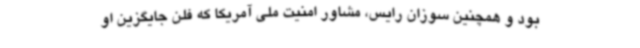
بود و همچنین سوزان رایس، مشاور امنیت ملی آمریکا که فلن جایگزین او